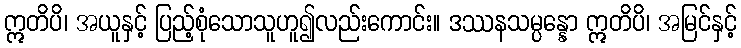
ဣတိပိ၊ အယူနှင့် ပြည့်စုံသောသူဟူ၍လည်းကောင်း။ ဒဿနသမ္ပန္နော ဣတိပိ၊ အမြင်နှင့်